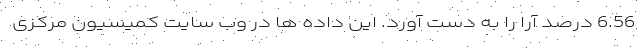
6.56 درصد آرا را به دست آورد. این داده ها در وب سایت کمیسیون مرکزی